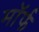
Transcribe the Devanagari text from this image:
मॉर्फ